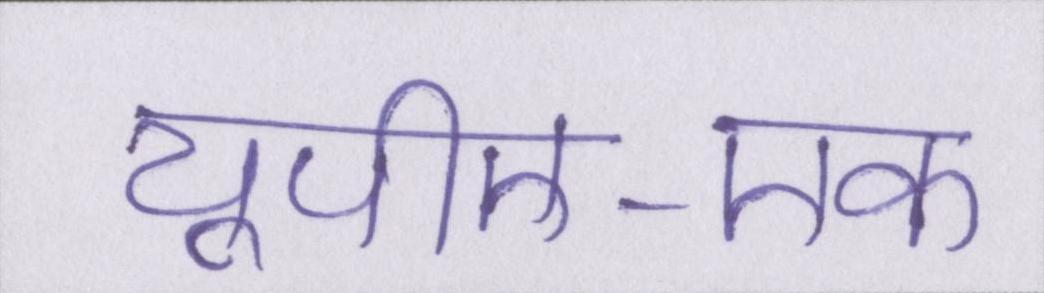
यूपीए-एक